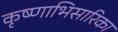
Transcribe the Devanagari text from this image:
कृष्णाभिसारिका